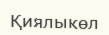
Қиялыкөл